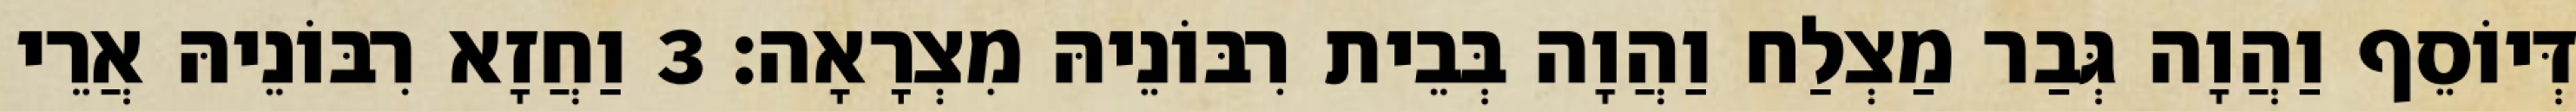
דְּיוֹסֵף וַהֲוָה גְּבַר מַצְלַח וַהֲוָה בְּבֵית רִבּוֹנֵיהּ מִצְרָאָה׃ 3 וַחֲזָא רִבּוֹנֵיהּ אֲרֵי